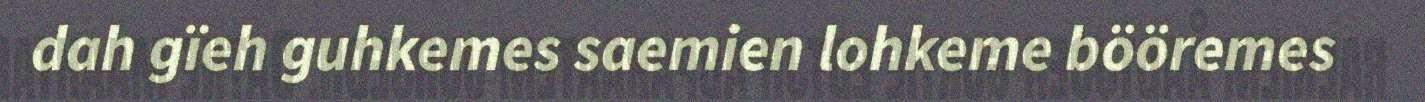
dah gïeh guhkemes saemien lohkeme bööremes